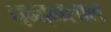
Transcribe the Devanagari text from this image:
चन्दनलाल